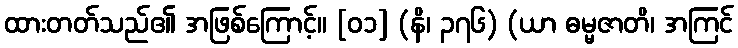
ထားတတ်သည်၏ အဖြစ်ကြောင့်။ [၀၁] (နိ၊ ၃၇၆) (ယာ ဓမ္မဇာတိ၊ အကြင်